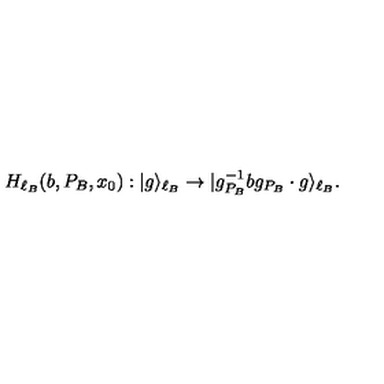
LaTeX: H _ { \ell _ { B } } ( b , P _ { B } , x _ { 0 } ) : | g \rangle _ { \ell _ { B } } \to | g _ { P _ { B } } ^ { - 1 } b g _ { P _ { B } } \cdot g \rangle _ { \ell _ { B } } .